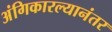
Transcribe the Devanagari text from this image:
अंगिकारल्यानंतर